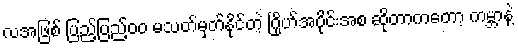
လအဖြစ် ပြည့်ပြည့်၀၀ မသတ်မှတ်နိုင်တဲ့ ဂြိုဟ်အပိုင်းအစ ဆိုတာကတော့ ကမ္ဘာနဲ့